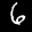
Label: 6